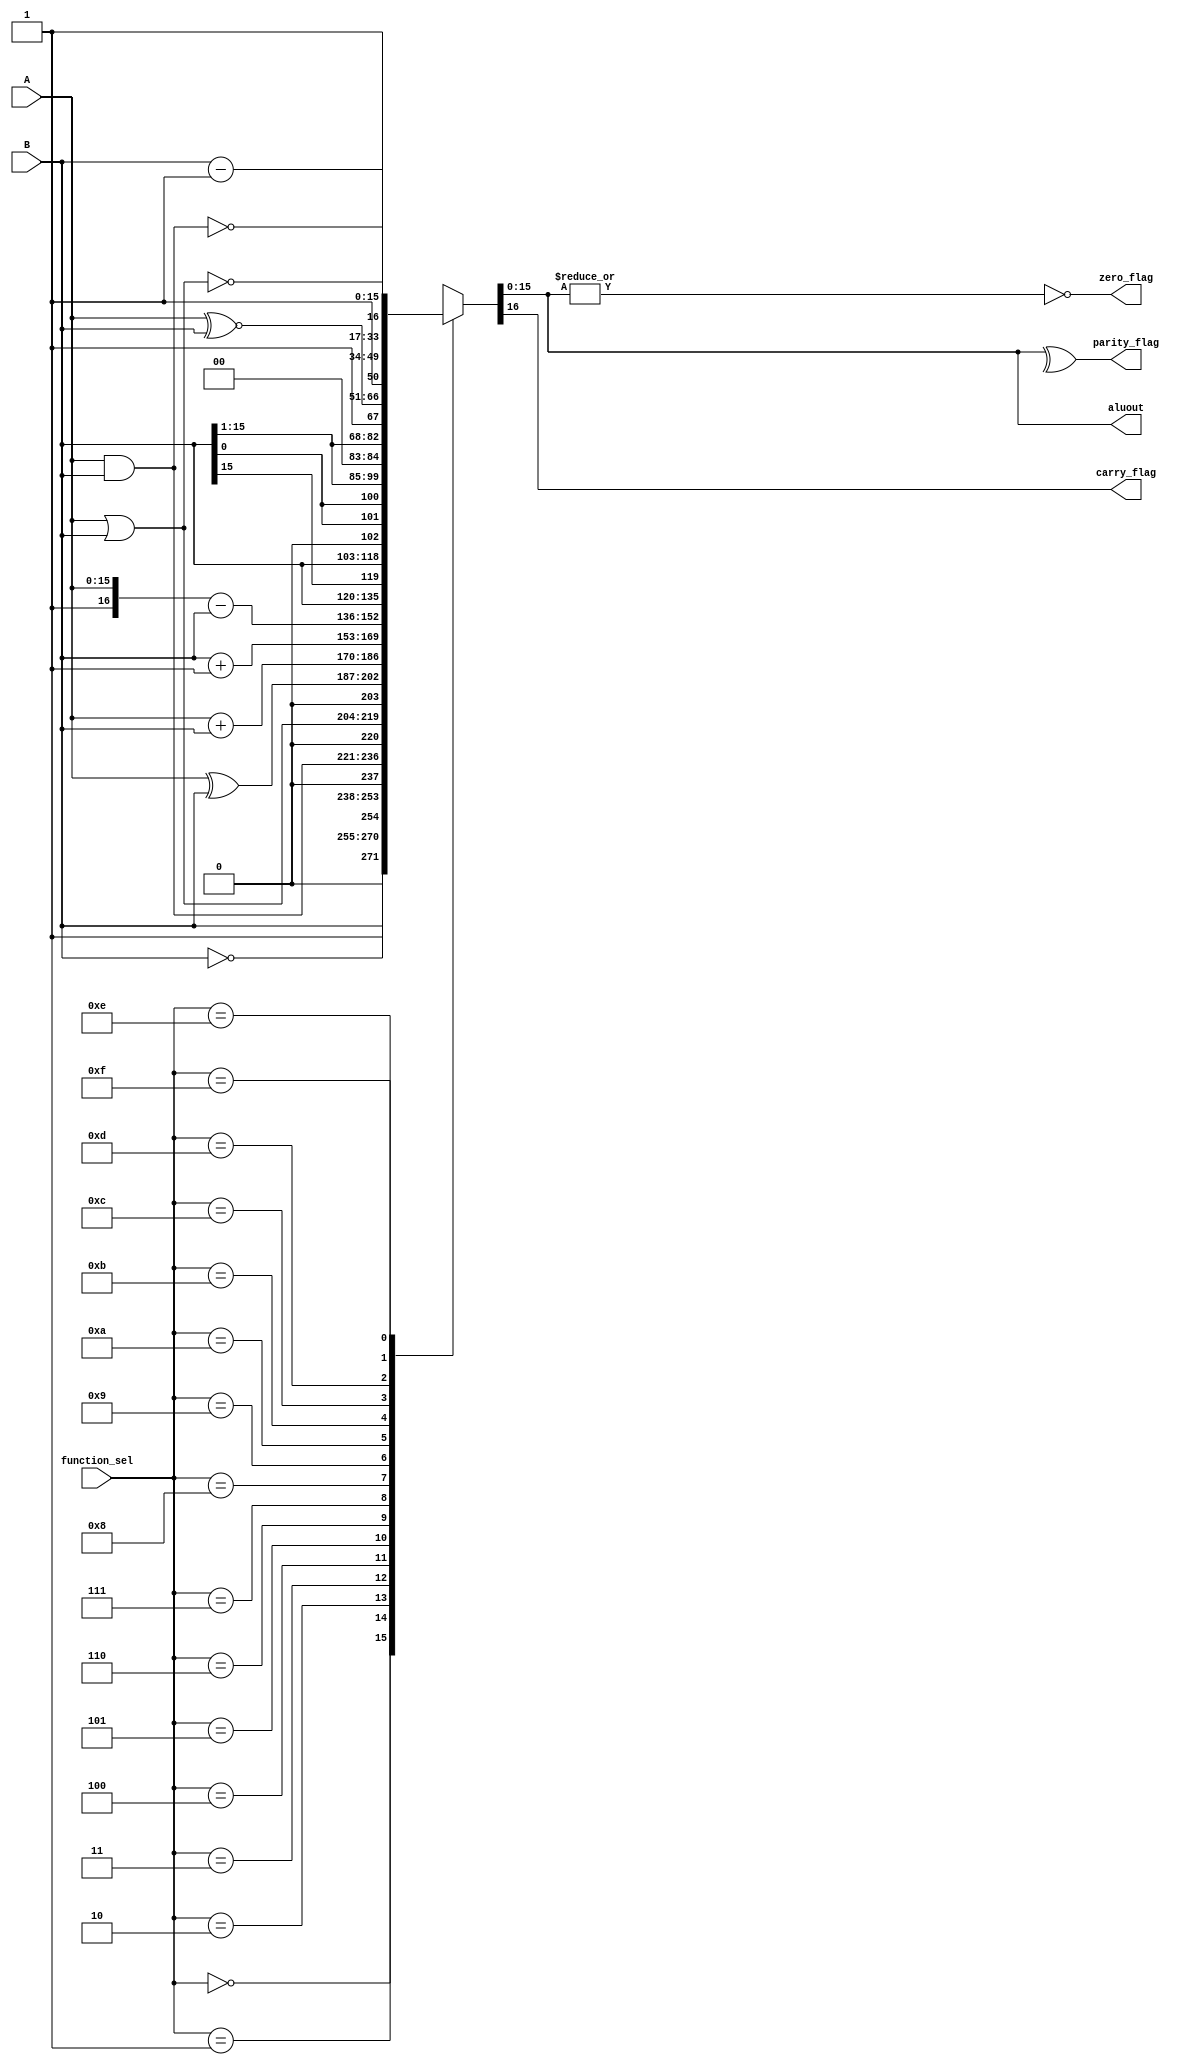
module alu (A, B, function_sel,
            aluout, zero_flag, parity_flag, carry_flag);

// Define I/O for the ALU
output [15:0] aluout;
output zero_flag, parity_flag, carry_flag;
input [15:0] A, B;
input [3:0] function_sel;
reg [15:0] aluout;
reg zero_flag, parity_flag, carry_flag;

// Define text macros for ALU opcodes
`define move 4'b0000 /* aluout = B */
`define comp 4'b0001 /* aluout = bit-wise complement(B) */
`define and  4'b0010 /* aluout = A & B */
`define or   4'b0011 /* aluout = A | B */
`define xor  4'b0100 /* aluout = A ^ B */
`define add  4'b0101 /* aluout = A + B */
`define incr 4'b0110 /* aluout = B + 1 */
`define sub  4'b0111 /* aluout = A - B */
`define rotl 4'b1000 /* aluout = rotate B left one bit */
`define lshl 4'b1001 /* aluout = logical shift B left one bit, zero fill */
`define rotr 4'b1010 /* aluout = rotate B right one bit */
`define lshr 4'b1011 /* aluout = logical shift B right one bit, zero fill */
`define xnor 4'b1100 /* aluout = A ~^ B */
`define nor  4'b1101 /* aluout = ~(A | B) */
`define decr 4'b1110 /* aluout = B - 1 */
`define nand 4'b1111 /* aluout = ~(A & B) */

always @(A or B or function_sel)
  begin
   case (function_sel)
        `move :  {carry_flag, aluout} = {1'b0, B};
        `comp :  {carry_flag, aluout} = {1'b1, ~B};
        `and  :  {carry_flag, aluout} = {1'b0, A & B};
        `or   :  {carry_flag, aluout} = {1'b0, A | B};
        `xor  :  {carry_flag, aluout} = {1'b0, A ^ B};
        `add  :  {carry_flag, aluout} = A + B;
        `incr :  {carry_flag, aluout} = B + 1;
        `sub  :  {carry_flag, aluout} = {1'b1, A} - B;
        `rotl :  {carry_flag, aluout} = {B[15:0], B[15]};
        `lshl :  {carry_flag, aluout} = {B[15:0], 1'b0};
        `rotr :  {carry_flag, aluout} = {B[0], B[0], B[15:1]};
        `lshr :  {carry_flag, aluout} = {2'b0, B[15:1]};
        `xnor :  {carry_flag, aluout} = {1'b1, A ~^ B};
        `nor  :  {carry_flag, aluout} = {1'b1, ~(A | B)};
        `decr :  {carry_flag, aluout} = B - 1;
        `nand :  {carry_flag, aluout} = {1'b1, ~(A & B)};
   endcase
   zero_flag = ~|aluout;
   parity_flag = ^aluout;
  end
endmodule